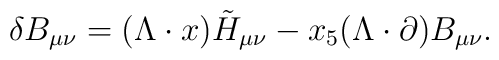
\delta B_{\mu\nu} = (\Lambda \cdot x) \tilde{H}_{\mu\nu} - x_5 (\Lambda \cdot\partial) B_{\mu\nu}.